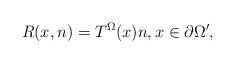
LaTeX: \begin{align*} R(x,n) = T^\Omega (x) n, x \in \partial \Omega',\end{align*}